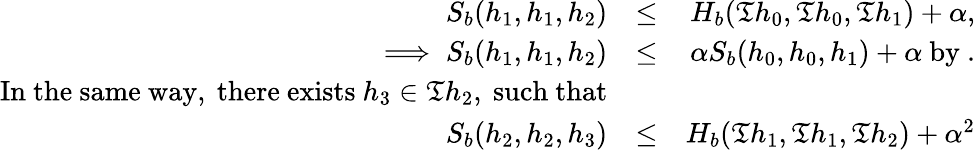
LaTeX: \begin{array}{rlr}{S_{b}(h_{1},h_{1},h_{2})}&{\leq}&{H_{b}(\mathfrak{T}h_{0},\mathfrak{T}h_{0},\mathfrak{T}h_{1})+\alpha,}\\ {\implies S_{b}(h_{1},h_{1},h_{2})}&{\leq}&{\alpha S_{b}(h_{0},h_{0},h_{1})+\alpha~\mathrm{by~}.}\\ {\mathrm{In~the~same~way,~there~exists}~h_{3}\in\mathfrak{T}h_{2},~\mathrm{such~that}}\\ {S_{b}(h_{2},h_{2},h_{3})}&{\leq}&{H_{b}(\mathfrak{T}h_{1},\mathfrak{T}h_{1},\mathfrak{T}h_{2})+\alpha^{2}}\end{array}